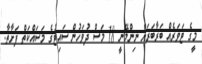
މީގެ ޓަވަރެއް ބަރާބަރަށް ނިންމޭނީ 18 މަސް ދުވަހުން ސައިޓުގެ މަސައްކަތް ފަށާތާ.